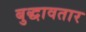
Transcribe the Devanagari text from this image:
बुद्धावतार